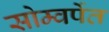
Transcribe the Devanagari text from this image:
सोम्वर्पेत